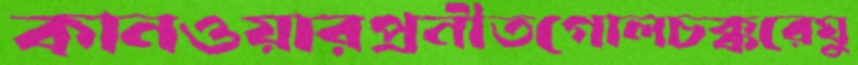
কানওয়ারপ্রনীতগোলচক্করেঘু